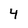
Character: 4